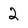
Character: 2